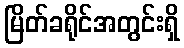
မြိတ်ခရိုင်အတွင်းရှိ